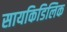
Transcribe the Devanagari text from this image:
सायकिडिलिक